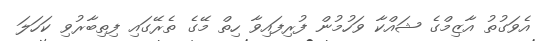
އެވަގުތު އާޒިމްގެ ޝައްކާ ވަހުމުން ފުރިފައިވާ ހިތް މޭގެ ތެރޭގައި ފިތިބާރުވި ކަހަލަ